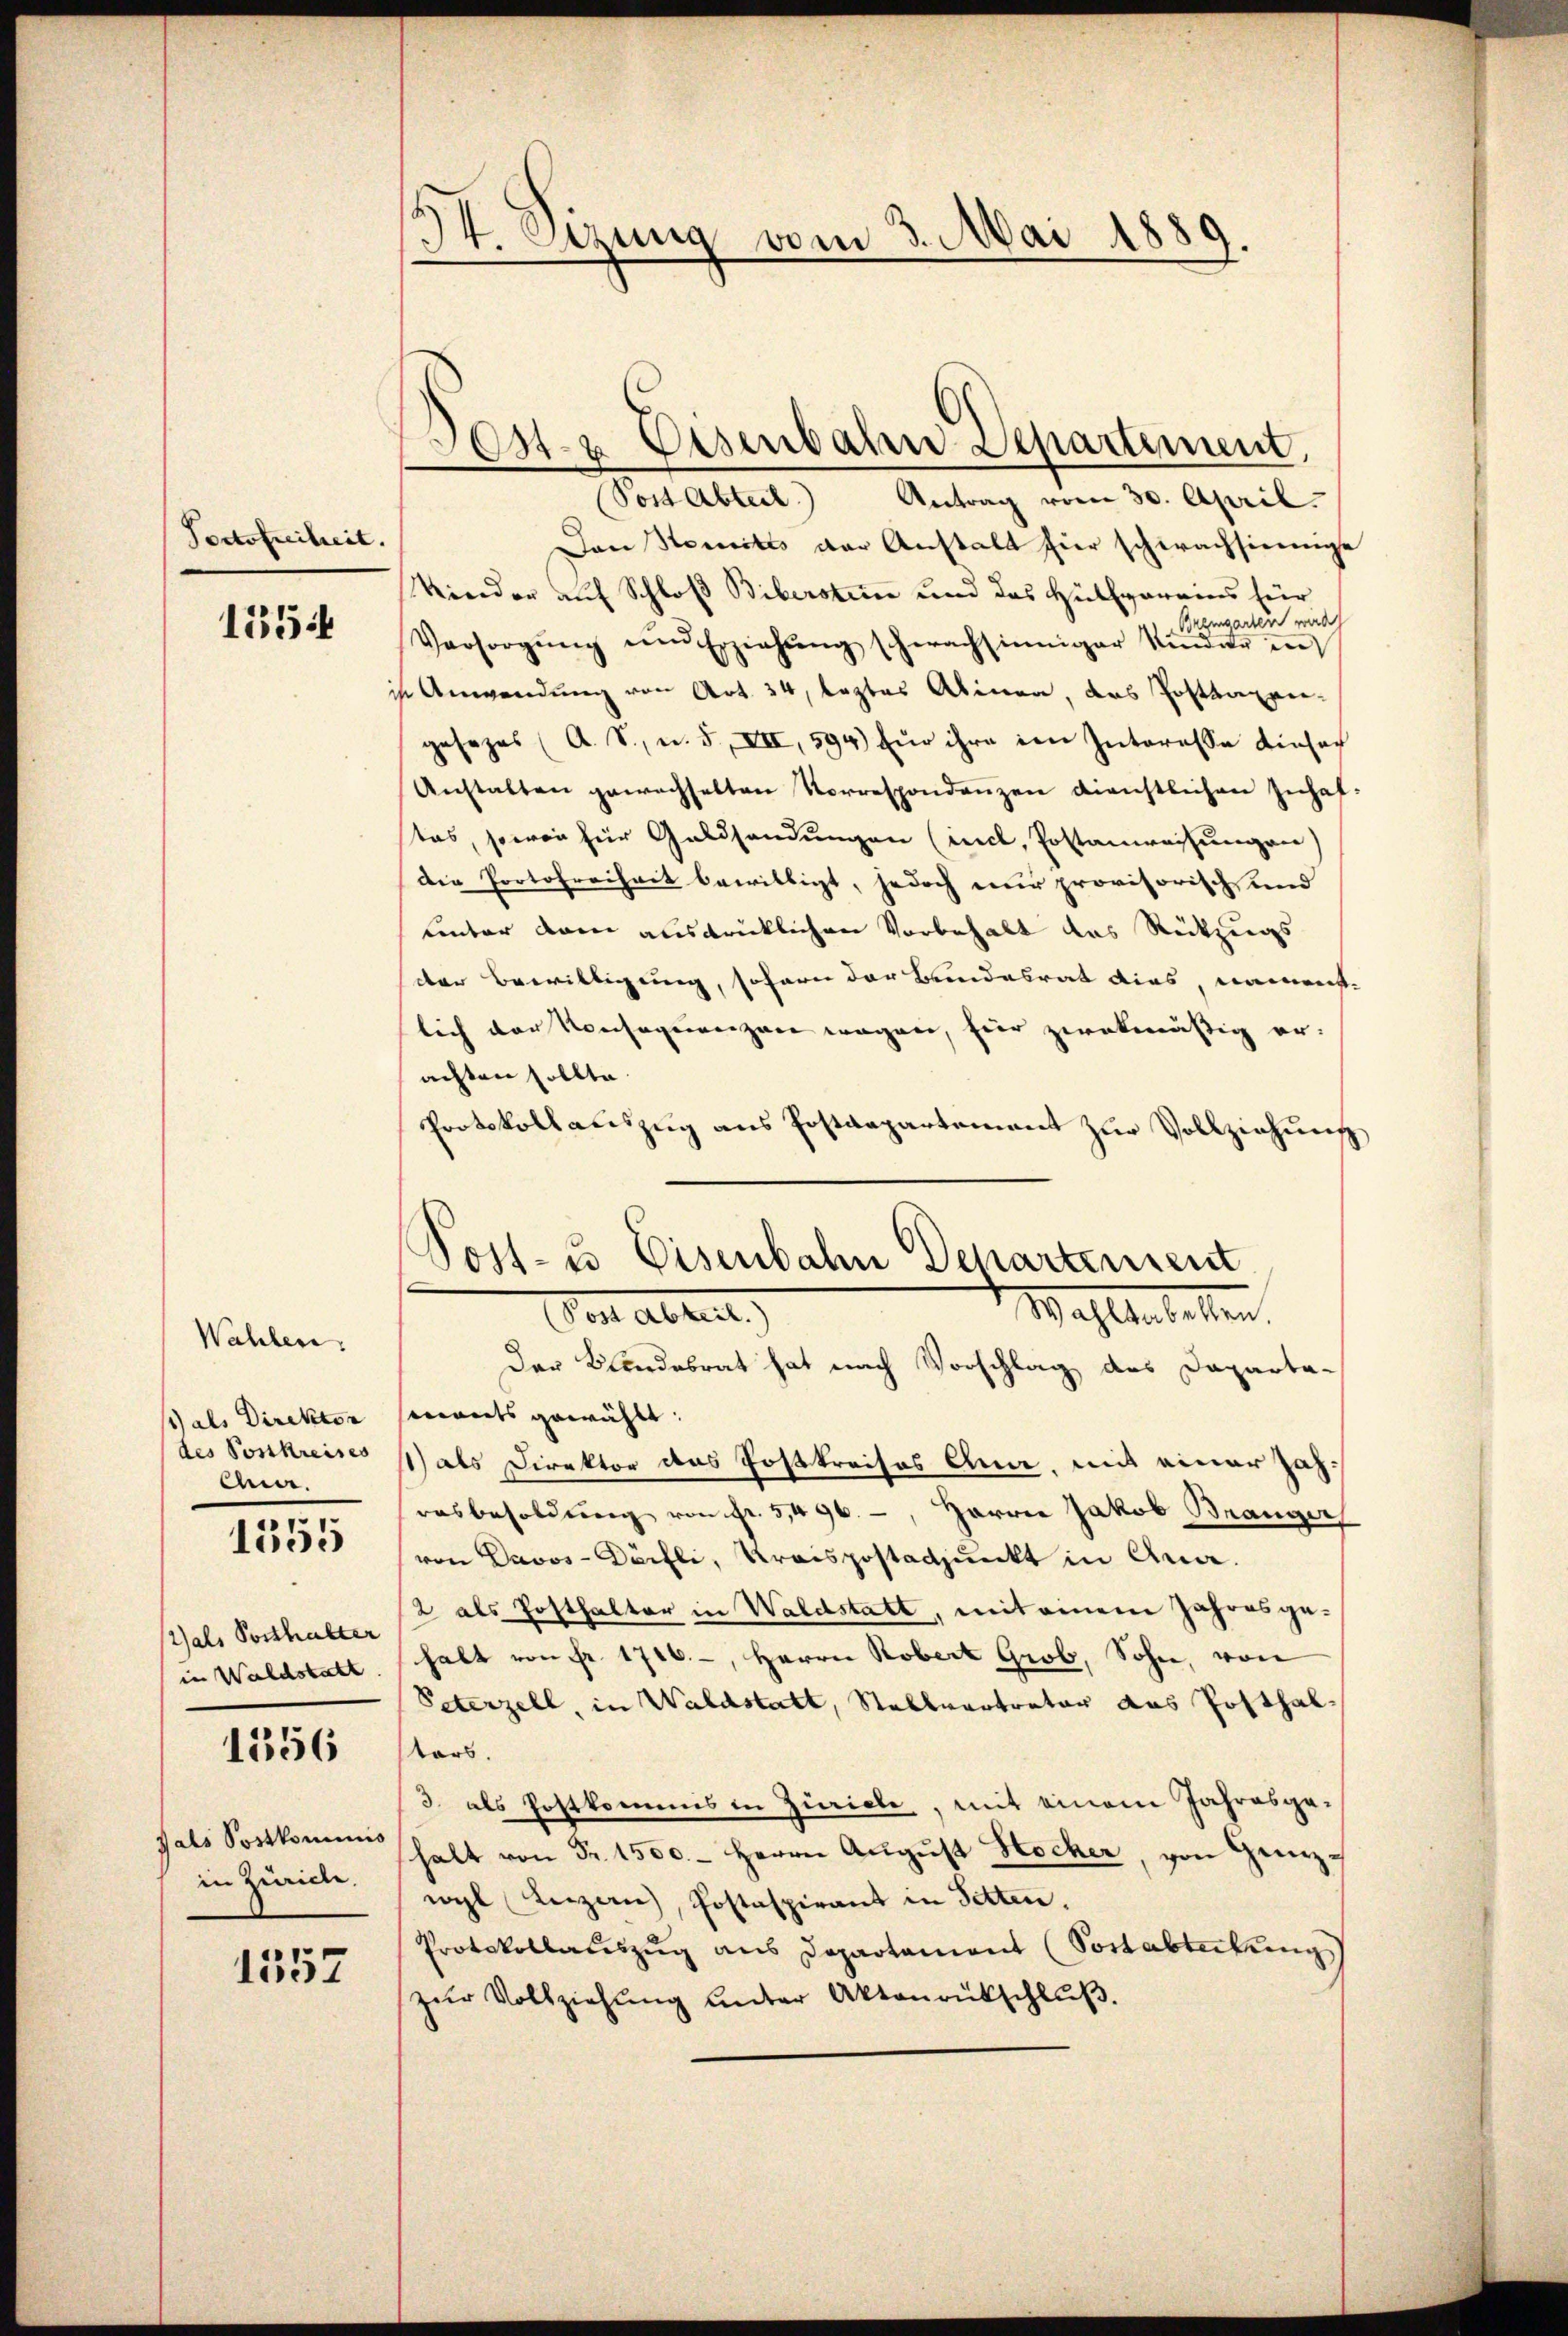
Portofreiheit.

1354

Wahlen.
1 als Direktor
des Sonkreises
Ann.

1355

Wals Posthalter
in Waldstatt.

1356

fals Sostkommis
in Zürich.

1357

d
It. Etzung vom 3. Mai 1889.

Jos. Eisenbahn Departiment,

Post Abteil) Antrag vom 30. April.
Dan Somités der Anstalt hier schwachsinnige
Kinder auf Schloß Biberstim und das Hülfpareins für
Bremgarten werde
Versorgŭng und Erziehŭng schwachsinniger Kinder in
 Anwendung von Art. 34, leztes Alinea, das Postkargegesezes (A. S., u. 5, VII, 594) für ihre in Interesse einsach
Anstalten gewachselten Vorrespondanzen dienstlichen Inhaftas, sowie für Geldsendungen (icl, Postanweisungen)
die Portofreiheit bewilligt, jedoch nur provisorisch und
unter dann ausdrüklichen Vorbehalt das Rückzugs
der Bewilligung, sofern der Bundesrat dies, namenst-
lich der Konsequenzen wegen, hier zwekmässig er-
achten sollte.
PProtokollauszug aus Postdepartement zur Vollziehung
Der Bundesrat hat nach Vorschlag des Daparta-
ewirts gewählt:
1) als Direktor des Postkreises Ana, mit einer Zahrasbesoldŭng von fr. 5496., Herrn Jakob Branger
von Davos- Dörfli, Kreispostadtpunkt in Ana-
2 als Posthalter in Waldstatt, mit einem Jahresgehalt von Fr. 1716.-, Herrn Robert Grob, Sohn, von
Sterzell, in Waldstatt, Stallvertrator das Posthaltars.
3. als Postkommis in Zürich, mit einem Jahresgehalt von Fr. 1500.- Herrn Aŭgŭst Hocher, von Genzwyl Kerzen, Postaspirant in Sitten.
Protokollauszug aus Departament (Sortabteilung
zur Vollziehung unter Aktenrückschluß.

Post- u Eisenbahn Departement
Mahlenbarten.
Wo absent.)